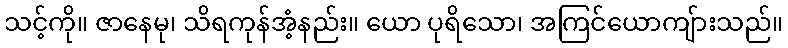
သင့်ကို။ ဇာနေမု၊ သိရကုန်အံ့နည်း။ ယော ပုရိသော၊ အကြင်ယောကျ်ားသည်။